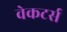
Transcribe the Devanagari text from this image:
वेकटर्स